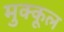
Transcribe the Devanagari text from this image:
मुक्कूल